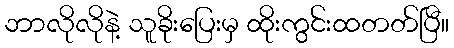
ဘာလိုလိုနဲ့ သူခိုးပြေးမှ ထိုးကွင်းထတတ်ပြီ။